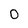
Character: 0